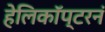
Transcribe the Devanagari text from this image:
हेलिकॉप्टरनं